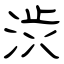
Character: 渋